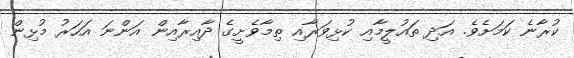
ކުރާނެ ކަމަށެވެ. އަދި ތައުލީމާއި ކުޅިވަރާއި ތިމާވެށީގެ ދާއިރާއިން އަންނަ އަހަރު މުޅިން